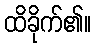
ထိခိုက်၏။